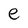
Character: e